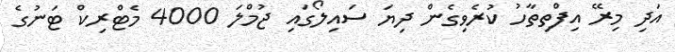
އަދި މިރޭ އިފްތިތާހު ކުރެވިގެން ދިޔަ ސައިލޯގައި ޖުމްލަ 4000 މެޓްރިކް ޓަނުގެ